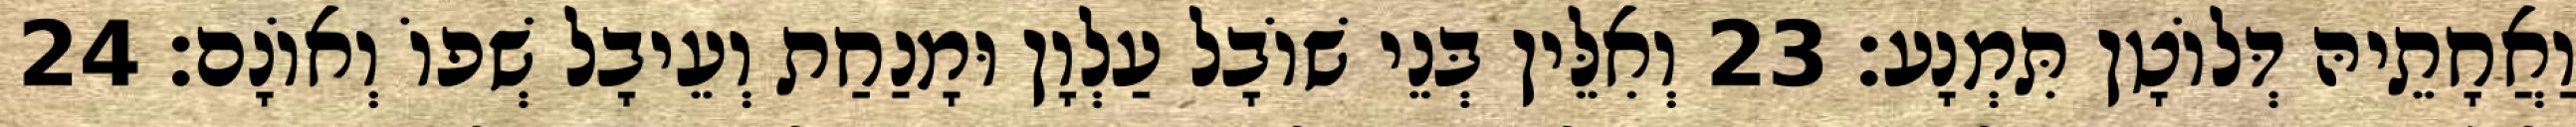
וַאֲחָתֵיהּ דְּלוֹטָן תִּמְנָע׃ 23 וְאִלֵּין בְּנֵי שׁוֹבָל עַלְוָן וּמָנַחַת וְעֵיבָל שְׁפוֹ וְאוֹנָם׃ 24